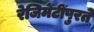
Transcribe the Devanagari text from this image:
रेजिमेंटींपुरते